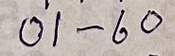
01 - 60